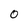
Character: 0